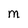
Character: m